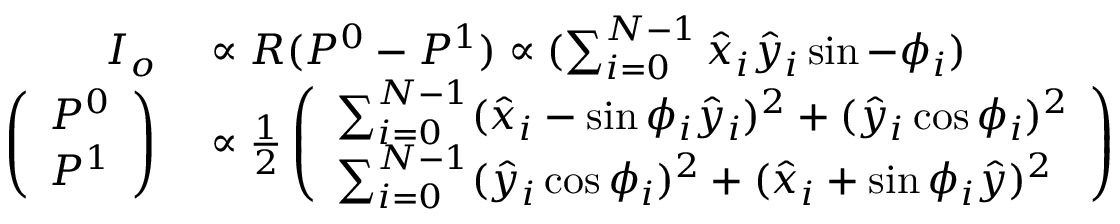
\begin{array} { r l } { I _ { o } } & { { } \propto R ( P ^ { 0 } - P ^ { 1 } ) \propto ( \sum _ { i = 0 } ^ { N - 1 } \hat { x } _ { i } \hat { y } _ { i } \sin - \phi _ { i } ) } \\ { \left( \begin{array} { l } { P ^ { 0 } } \\ { P ^ { 1 } } \end{array} \right) } & { { } \propto \frac { 1 } { 2 } \left( \begin{array} { l } { \sum _ { i = 0 } ^ { N - 1 } ( \hat { x } _ { i } - \sin \phi _ { i } \hat { y } _ { i } ) ^ { 2 } + ( \hat { y } _ { i } \cos \phi _ { i } ) ^ { 2 } } \\ { \sum _ { i = 0 } ^ { N - 1 } ( \hat { y } _ { i } \cos \phi _ { i } ) ^ { 2 } + ( \hat { x } _ { i } + \sin \phi _ { i } \hat { y } ) ^ { 2 } } \end{array} \right) } \end{array}